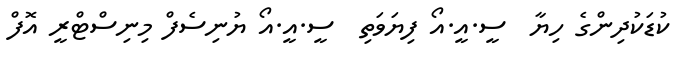
ކުޑަކުދިންގެ ހިޔާ  ސީ.އީ.އޯ ފިޔަވަތި  ސީ.އީ.އޯ ޔުނިސެފް މިނިސްޓްރީ އޮފް